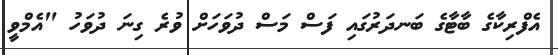
އެފްރިކާގެ ބާޓާގެ ބަނދަރުގައި ފަސް މަސް ދުވަހަށް ވުރެ ގިނަ ދުވަހު "އެމްވީ